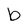
Character: b